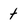
Character: t